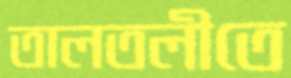
তালতলীতে